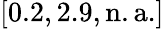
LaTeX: [0.2,2.9,\mathrm{n.a.}]